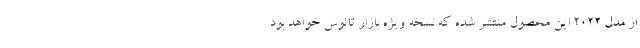
از مدل 2022 این محصول منتشر شده که نسخه ویژه بازار تائوس خواهد بود